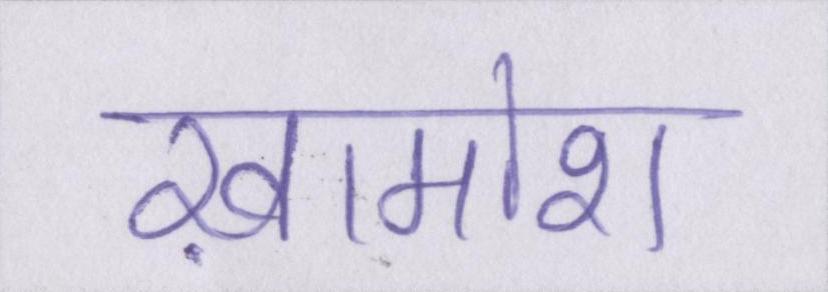
ख़ामोश